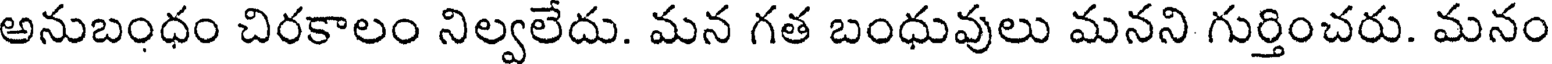
అనుబంధం చిరకాలం నిల్వలేదు. మన గత బంధువులు మనని గుర్తించరు. మనం